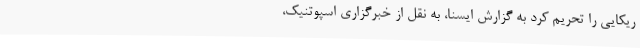
ریکایی را تحریم کرد به گزارش ایسنا، به نقل از خبرگزاری اسپوتنیک،